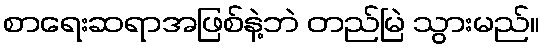
စာရေးဆရာအဖြစ်နဲ့ဘဲ တည်မြဲ သွားမည်။